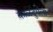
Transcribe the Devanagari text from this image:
काळदुर्गला